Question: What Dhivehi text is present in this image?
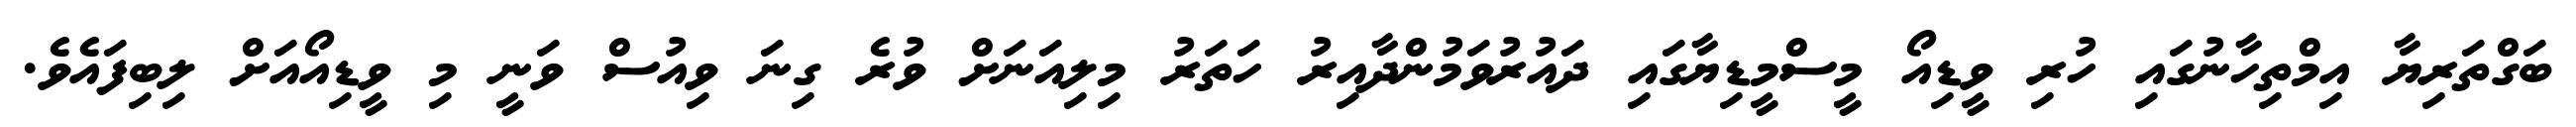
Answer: ބަގްތަރިޔާ އިމްތިހާނުގައި ހުރި ވީޑިއޯ މީސްމީޑިޔާގައި ދައުރުވަމުންދާއިރު ހަތަރު މިލިއަނަށް ވުރެ ގިނަ ވިއުސް ވަނީ މި ވީޑިއޯއަށް ލިބިފައެވެ.